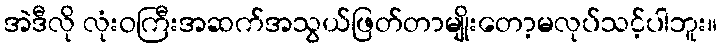
အဲဒီလို လုံးဝကြီးအဆက်အသွယ်ဖြတ်တာမျိုးတော့မလုပ်သင့်ပါဘူး။